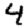
Digit: 4